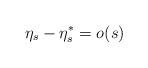
LaTeX: \begin{align*} \eta_s-\eta_s^*=o(s)\end{align*}